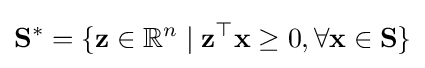
\mathbf {S} ^{*}=\{\mathbf {z} \in \mathbb {R} ^{n}\mid \mathbf {z} ^{\top }\mathbf {x} \geq 0,\forall \mathbf {x} \in \mathbf {S} \}